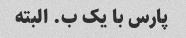
پارس با یک ب. البته